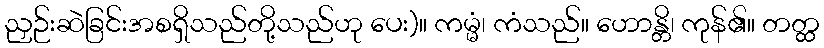
ညှဉ်းဆဲခြင်းအစရှိသည်တို့သည်ဟု ပေး)။ ကမ္မံ၊ ကံသည်။ ဟောန္တိ၊ ကုန်၏။ တတ္ထ